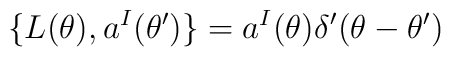
\{L(\theta),a^I(\theta')\}=a^I(\theta)\delta'(\theta-\theta')